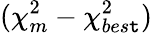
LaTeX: (\chi_{m}^{2}-\chi_{bes\mathtt{t}}^{2})